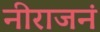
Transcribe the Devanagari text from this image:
नीराजनं